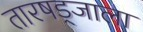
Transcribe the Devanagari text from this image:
तारषड्जाला